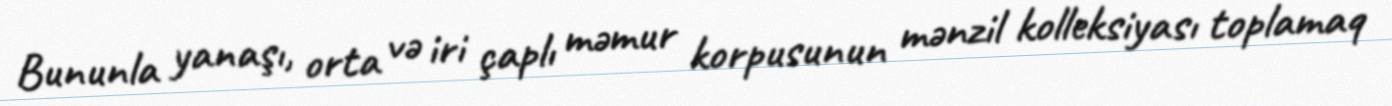
Bununla yanaşı, orta və iri çaplı məmur korpusunun mənzil kolleksiyası toplamaq